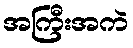
အကြီးအကဲ